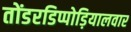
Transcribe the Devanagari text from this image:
तोंडरडिप्पोड़ियालवार